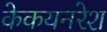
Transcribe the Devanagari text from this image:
केकयनरेश